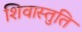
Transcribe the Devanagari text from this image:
शिवास्तुति